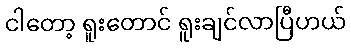
ငါတော့ ရူးတောင် ရူးချင်လာပြီဟယ်